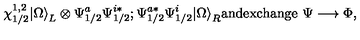
\chi _ { 1 / 2 } ^ { 1 , 2 } | \Omega { \rangle } _ { L } \otimes { \Psi } _ { 1 / 2 } ^ { a } { \Psi } _ { 1 / 2 } ^ { i * } ; { \Psi } _ { 1 / 2 } ^ { a * } { \Psi } _ { 1 / 2 } ^ { i } | \Omega { \rangle } _ { R } \mathrm { a n d e x c h a n g e } \ \Psi \longrightarrow \Phi ,